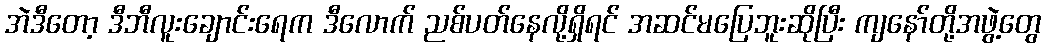
အဲဒီတော့ ဒီဘီလူးချောင်းရေက ဒီလောက် ညစ်ပတ်နေလို့ရှိရင် အဆင်မပြေဘူးဆိုပြီး ကျနော်တို့အဖွဲ့တွေ